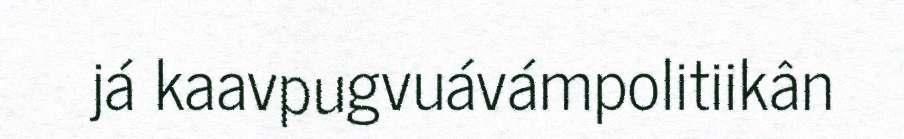
já kaavpugvuávámpolitiikân